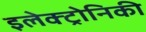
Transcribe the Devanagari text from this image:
इलेक्ट्रोनिकी